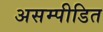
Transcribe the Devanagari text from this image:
असम्पीडित